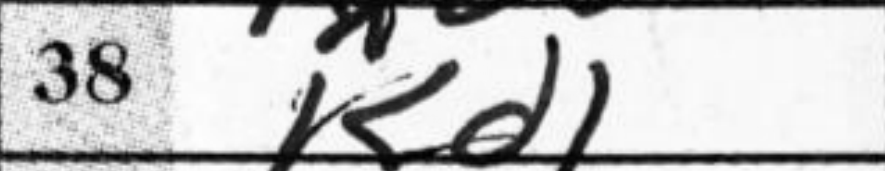
Transcription: Kd1